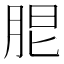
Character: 𦚢